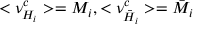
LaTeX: < \nu _ { H _ { i } } ^ { c } > = M _ { i } , < \nu _ { \bar { H } _ { i } } ^ { c } > = \bar { M } _ { i }